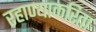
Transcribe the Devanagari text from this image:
रहाण्याकरिता